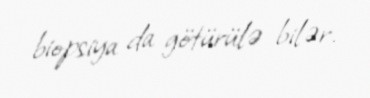
biopsiya da götürülə bilər.